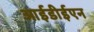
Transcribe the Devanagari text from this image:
आईडीईएन